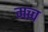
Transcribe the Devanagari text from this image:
मच्च